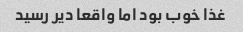
غذا خوب بود اما واقعا دیر رسید